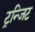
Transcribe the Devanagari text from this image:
ट्रन्जिट